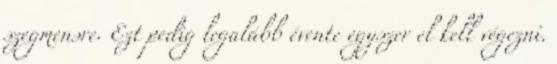
szegmensre. Ezt pedig legalább évente egyszer el kell végezni.